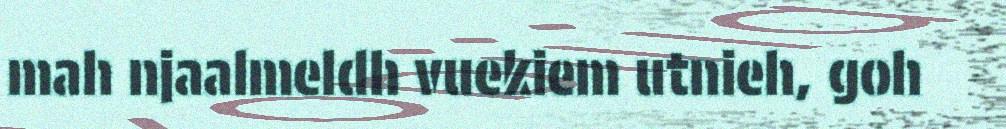
mah njaalmeldh vuekiem utnieh, goh